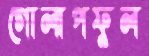
গোলাপফুল